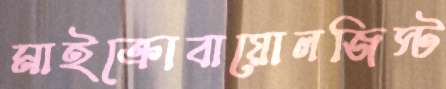
মাইক্রোবায়োলজিস্ট